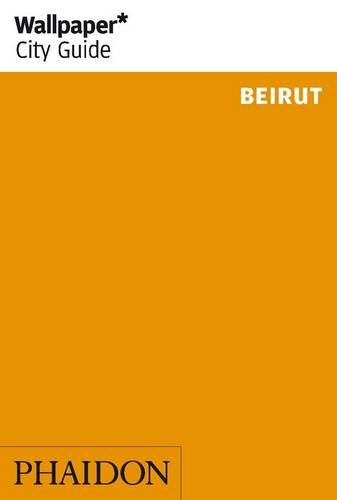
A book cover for Wallpaper* City Guide Beirut; Travel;